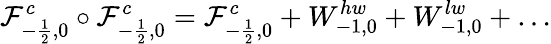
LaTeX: {\cal F}_{-\frac{1}{2},0}^{c}\circ{\cal F}_{-\frac{1}{2},0}^{c}={\cal F}_{-\frac{1}{2},0}^{c}+W_{-1,0}^{hw}+W_{-1,0}^{lw}+\dots